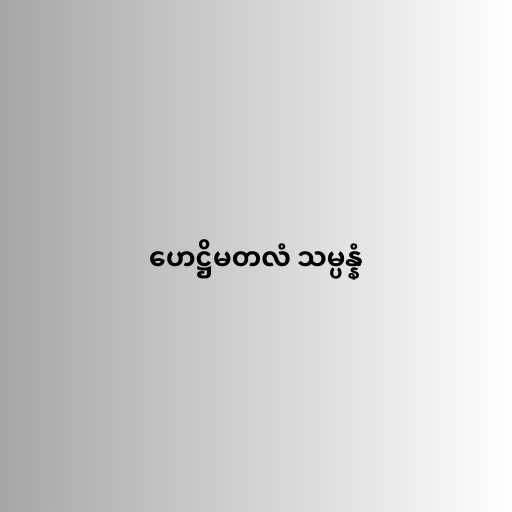
ဟေဋ္ဌိမတလံ သမ္ပန္နံ